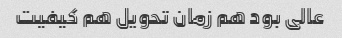
عالی بود هم زمان تحویل هم کیفیت